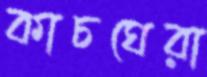
কাচঘেরা